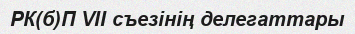
РК(б)П VII съезінің делегаттары